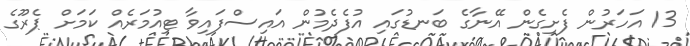
13 އަހަރުން ފެށިގެން އޭނާގެ ބަނޑުގައި އުފެދެމުން އައިސްފައިވާ ޓިއުމަރެއް ކަމަށް ޕެރޫގެ